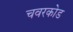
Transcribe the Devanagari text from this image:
चवरकोड